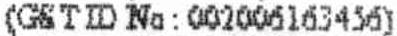
(GST ID NO : 002006163456)